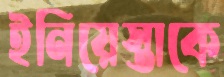
ইনিয়েস্তাকে